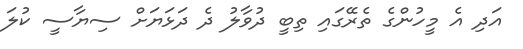
އަދި އެ މީހުންގެ ތެރޭގައި ތިބީ ދުވާލު ދެ ދަޅަޔަށް ސިޔާސީ ކުލަ